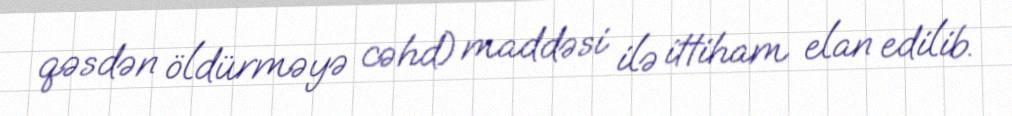
qəsdən öldürməyə cəhd) maddəsi ilə ittiham elan edilib.